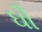
ઘૌ